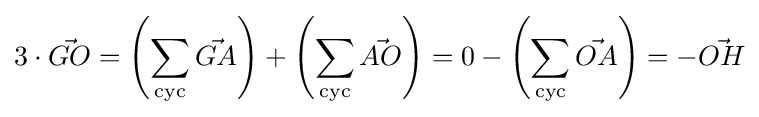
3\cdot {\vec {GO}}=\left(\sum \limits _{\scriptstyle {\rm {cyc}}}{\vec {GA}}\right)+\left(\sum \limits _{\scriptstyle {\rm {cyc}}}{\vec {AO}}\right)=0-\left(\sum \limits _{\scriptstyle {\rm {cyc}}}{\vec {OA}}\right)=-{\vec {OH}}